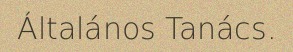
Általános Tanács.